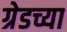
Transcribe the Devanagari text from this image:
ग्रेडच्या